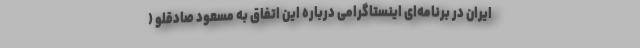
ایران در برنامه‌ای اینستاگرامی درباره این اتفاق به مسعود صادقلو (